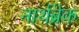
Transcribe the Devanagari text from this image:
नार्थब्रेक